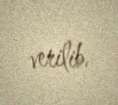
verilib.